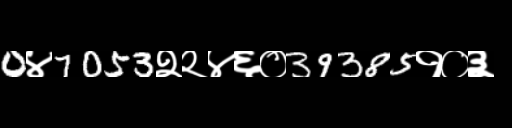
Text: 0४7053२२४६०39385१०३